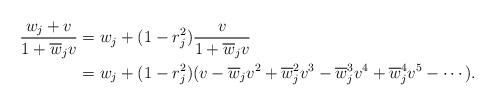
LaTeX: \begin{align*}\frac{w_j+v}{1+\overline{w}_jv}&=w_j+(1-r_j^2)\frac{v}{1+\overline{w}_jv}\\&=w_j+(1-r_j^2)(v-\overline{w}_jv^2+\overline{w}_j^2v^3-\overline{w}_j^3v^4+\overline{w}_j^4v^5-\cdots).\end{align*}